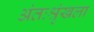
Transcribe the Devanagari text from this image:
अंतःश्रृंखला